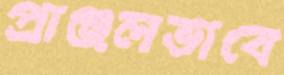
প্রাঞ্জলভাবে